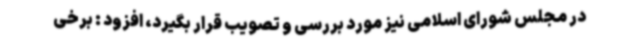
در مجلس شورای اسلامی نیز مورد بررسی و تصویب قرار بگیرد، افزود : برخی